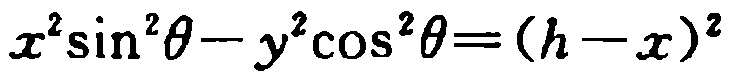
\(x^{2}\sin^{2}\theta - y^{2}\cos^{2}\theta=(h - x)^{2}\)